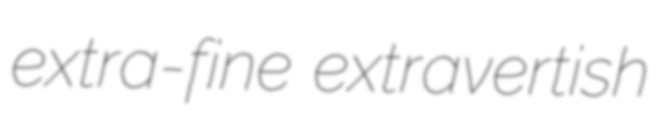
extra-fine extravertish